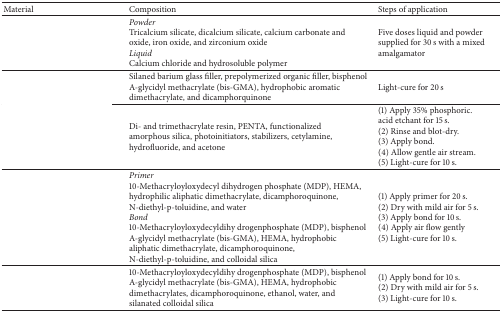
<table><thead><tr><td><b>Material</b></td><td><b>Composition</b></td><td><b>Steps of application</b></td></tr></thead><tbody><tr><td>[EMPTY_CELL]</td><td><i>Powder</i> Tricalcium silicate, dicalcium silicate, calcium carbonate and oxide, iron oxide, and zirconium oxide<i>Liquid</i> Calcium chloride and hydrosoluble polymer</td><td>Five doses liquid and powder supplied for 30 s with a mixed amalgamator</td></tr><tr><td>[EMPTY_CELL]</td><td>Silaned barium glass filler, prepolymerized organic filler, bisphenol A-glycidyl methacrylate (bis-GMA), hydrophobic aromatic dimethacrylate, and dicamphorquinone</td><td>Light-cure for 20 s</td></tr><tr><td>[EMPTY_CELL]</td><td>Di- and trimethacrylate resin, PENTA, functionalizedamorphous silica, photoinitiators, stabilizers, cetylamine,hydrofluoride, and acetone</td><td>(1) Apply 35% phosphoric.acid etchant for 15 s.(2) Rinse and blot-dry.(3) Apply bond.(4) Allow gentle air stream.(5) Light-cure for 10 s.</td></tr><tr><td>[EMPTY_CELL]</td><td><i>Primer</i> 10-Methacryloyloxydecyl dihydrogen phosphate (MDP), HEMA, hydrophilic aliphatic dimethacrylate, dicamphoroquinone, N-diethyl-p-toluidine, and water<i>Bond</i> 10-Methacryloyloxydecyldihy drogenphosphate (MDP), bisphenol A-glycidyl methacrylate (bis-GMA), HEMA, hydrophobic aliphatic dimethacrylate, dicamphoroquinone, N-diethyl-p-toluidine, and colloidal silica</td><td>(1) Apply primer for 20 s.(2) Dry with mild air for 5 s.(3) Apply bond for 10 s.(4) Apply air flow gently (5) Light-cure for 10 s.</td></tr><tr><td>[EMPTY_CELL]</td><td>10-Methacryloyloxydecyldihy drogenphosphate (MDP), bisphenol A-glycidyl methacrylate (bis-GMA), HEMA, hydrophobic dimethacrylates, dicamphoroquinone, ethanol, water, and silanated colloidal silica</td><td>(1) Apply bond for 10 s.(2) Dry with mild air for 5 s.(3) Light-cure for 10 s.</td></tr></tbody></table>